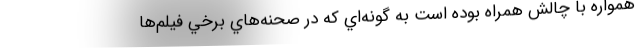
همواره با چالش همراه بوده است به گونه‌اي که در صحنه‌هاي برخي فيلم‌ها